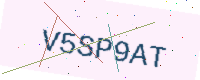
Text: V5SP9AT